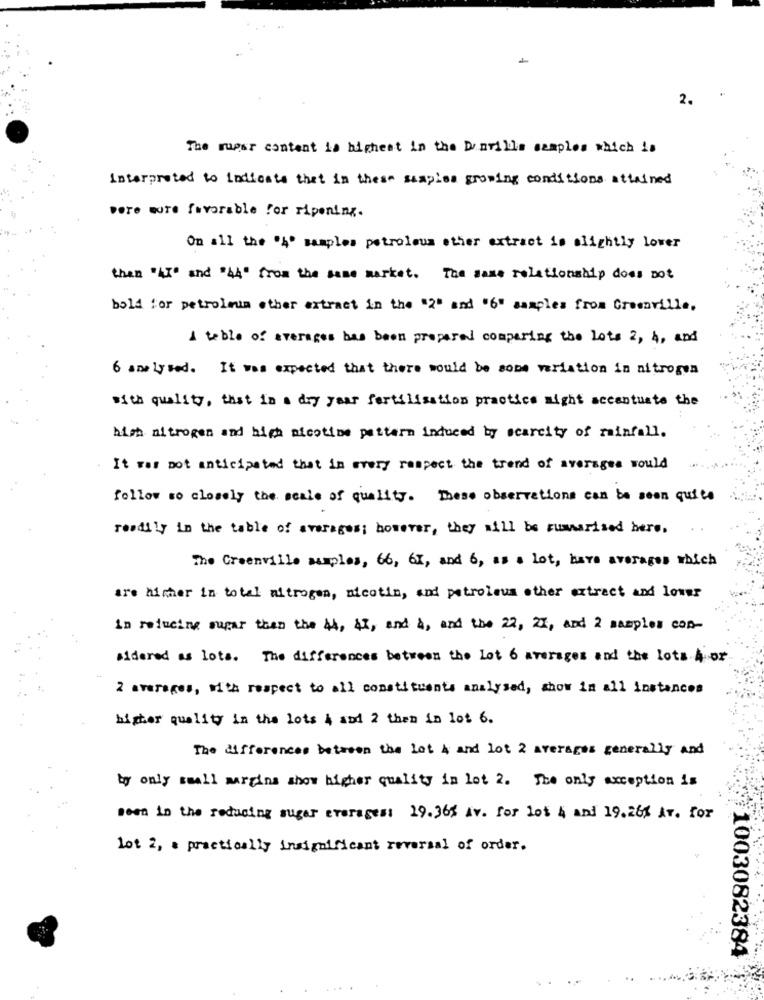
2.
The super content is highest in the Darills samples which is
Interpreted to Indicate that in these simples growing conditions attained
Dere mure favorable for ripening.
On all the '4" samples petroleum other extract is slightly lover
then "ALT" and "44" from the same market. The same relationship does not
bold for petrolmin other extract in the "2" and "6" samples from Cremaville,
A table of averages has been prepared comparing the lots 2, 4, and
6 analysed. It was expected that there would be some variation in nitrogen
with quality, that in a dry year fertilisation practice might accentuate the
high nitrogen and high nicotine pattern induced by scarcity of rainfall.
It was not anticipated that in every respect the trend of averages would
follow so closely the scale of quality. These observations can be seen quite
readily in the table of averages; however, they will be rumarised here.
..
The Greenville suples, 66, 61, and 6, as a lot, have averages which
are himher in total nitrogen, nicotin, and petroleum other extract and lower
in reducing supar then the 44, 41, and A, and the 22, 21, and 2 samples con-
sidered as lots. The differences between the Lot 6 averages and the lots hor
2 averages, with respect to all constituents analysed, show in all instances
higher quality in the lots 4 and 2 then in lot 6.
The differences between the Lot 4 and lot 2 averages generally and
by only small margins show higher quality in lot 2. The only exception is
been in the reducing sugar everages: 19.36% Av. for Lot 4 and 19.265 Av. for
lot 2, . practically insignificant reversal of order.
1003082384